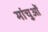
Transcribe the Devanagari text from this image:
मांचुओं